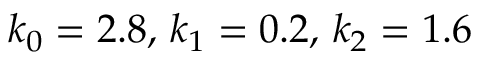
k _ { 0 } = 2 . 8 , \, k _ { 1 } = 0 . 2 , \, k _ { 2 } = 1 . 6